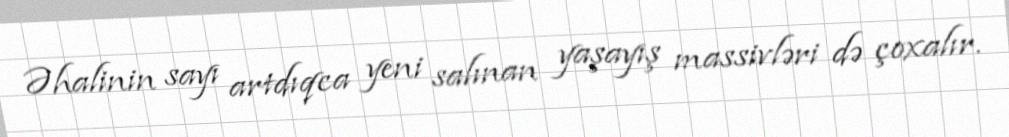
Əhalinin sayı artdıqca yeni salınan yaşayış massivləri də çoxalır.